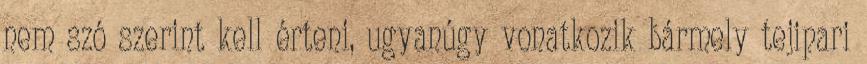
nem szó szerint kell érteni, ugyanúgy vonatkozik bármely tejipari